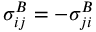
{ \sigma } _ { i j } ^ { B } = - { \sigma } _ { j i } ^ { B }